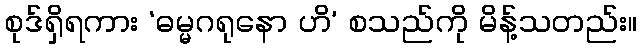
စုဒ်ရှိရကား ‘ဓမ္မဂရုနော ဟိ’ စသည်ကို မိန့်သတည်း။